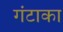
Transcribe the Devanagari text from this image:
गंटाका